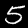
Digit: 5